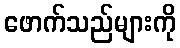
ဖောက်သည်များကို